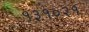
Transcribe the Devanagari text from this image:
१३१०२१